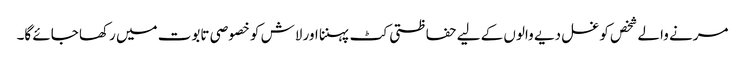
مرنے والے شخص کو غسل دیے والوں کے لیے حفاظتی کٹ پہننا اور لاش کو خصوصی تابوت میں رکھا جائے گا۔